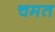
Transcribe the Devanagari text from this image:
चमत